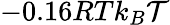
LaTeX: -0.16RTk_{B}\mathcal{T}